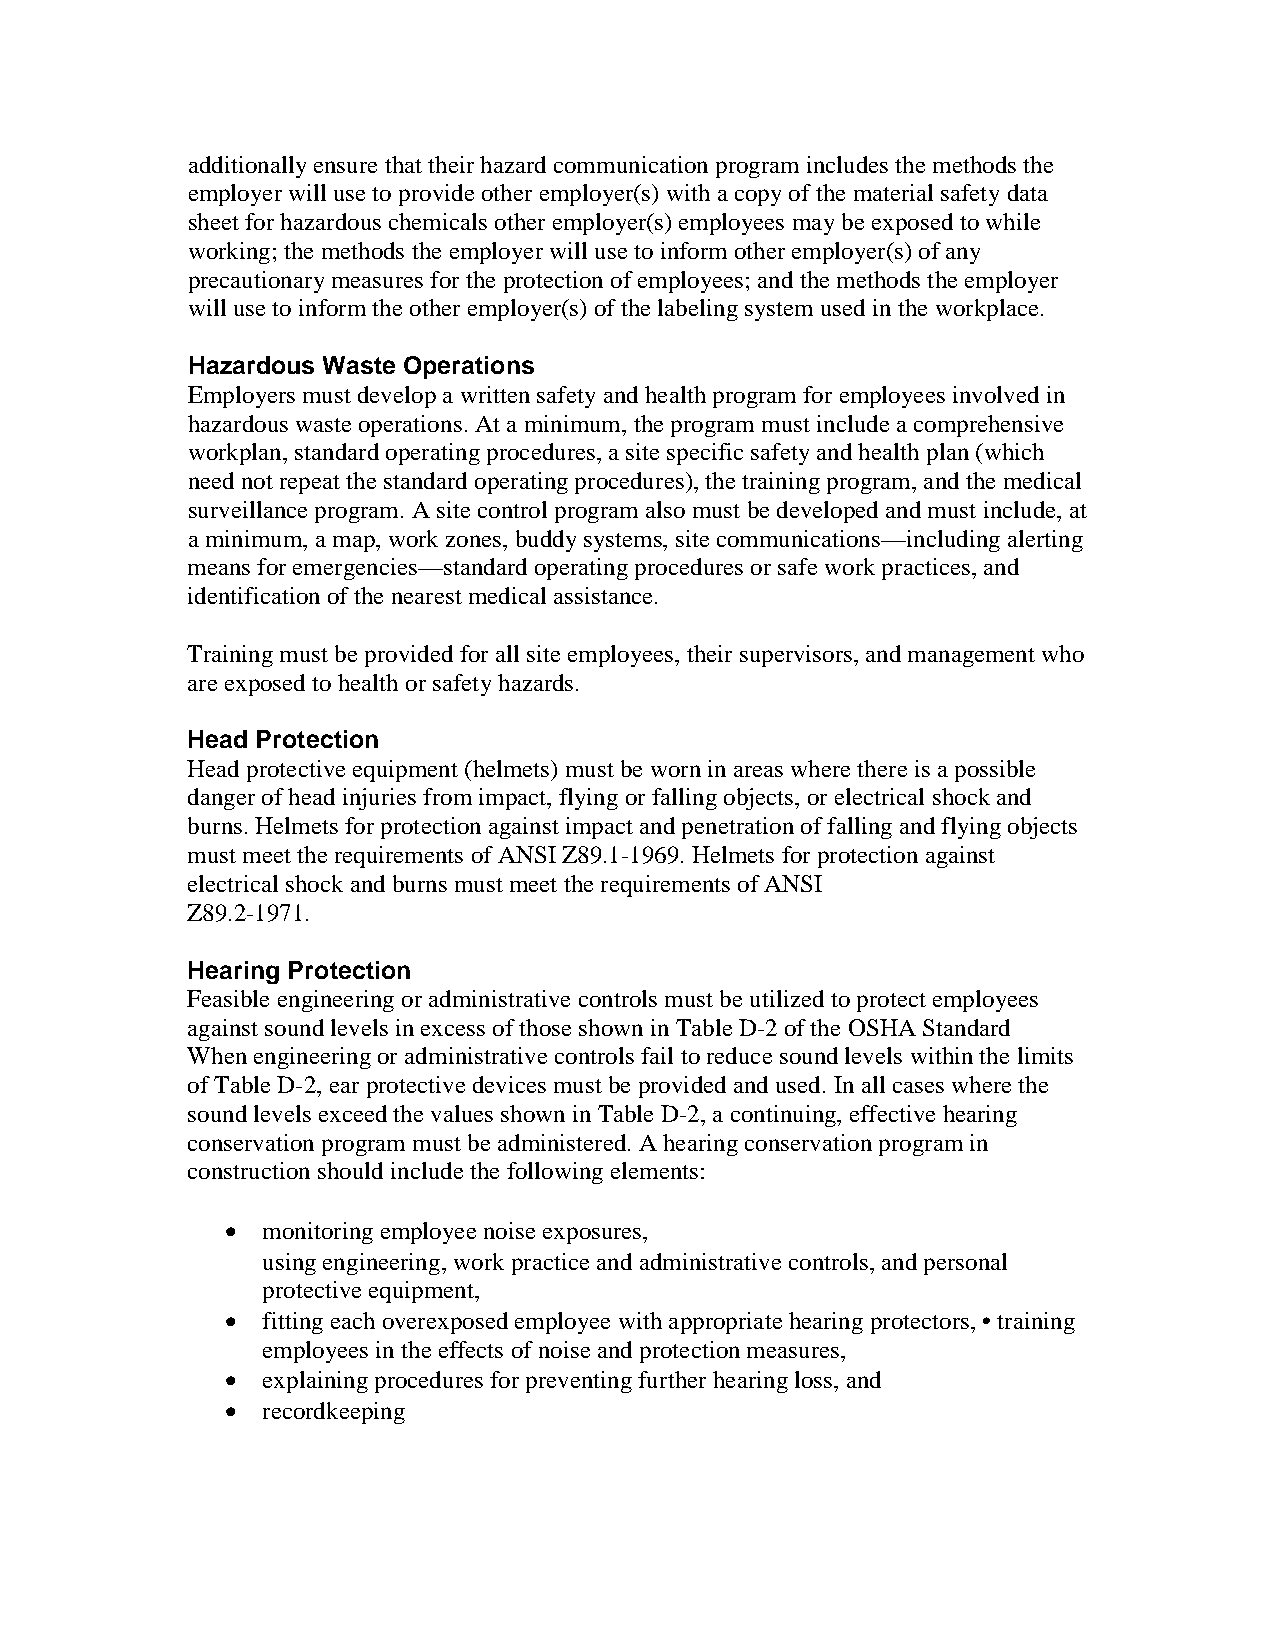
additionally ensure that their hazard communication program includes the methods the
 employer will use to provide other employer(s) with a copy of the material safety data
 sheet for hazardous chemicals other employer(s) employees may be exposed to while
 working; the methods the employer will use to inform other employer(s) of any
 precautionary measures for the protection of employees; and the methods the employer
 will use to inform the other employer(s) of the labeling system used in the workplace.
 Hazardous Waste Operations
 Employers must develop a written safety and health program for employees involved in
 hazardous waste operations. At a minimum, the program must include a comprehensive
 workplan, standard operating procedures, a site specific safety and health plan (which
 need not repeat the standard operating procedures), the training program, and the medical
 surveillance program. A site control program also must be developed and must include, at
 a minimum, a map, work zones, buddy systems, site communications—including alerting
 means for emergencies—standard operating procedures or safe work practices, and
 identification of the nearest medical assistance.
 Training must be provided for all site employees, their supervisors, and management who
 are exposed to health or safety hazards.47
 Head Protection
 Head protective equipment (helmets) must be worn in areas where there is a possible
 danger of head injuries from impact, flying or falling objects, or electrical shock and
 burns. Helmets for protection against impact and penetration of falling and flying objects
 must meet the requirements of ANSI Z89.1-1969. Helmets for protection against
 electrical shock and burns must meet the requirements of ANSI
 Z89.2-1971.
 Hearing Protection
 Feasible engineering or administrative controls must be utilized to protect employees
 against sound levels in excess of those shown in Table D-2 of the OSHA Standard
 When engineering or administrative controls fail to reduce sound levels within the limits
 of Table D-2, ear protective devices must be provided and used. In all cases where the
 sound levels exceed the values shown in Table D-2, a continuing, effective hearing
 conservation program must be administered. A hearing conservation program in
 construction should include the following elements:
 • monitoring employee noise exposures,
 • using engineering, work practice and administrative controls, and personal
 protective equipment,48
 • fitting each overexposed employee with appropriate hearing protectors, • training
 employees in the effects of noise and protection measures,
 • explaining procedures for preventing further hearing loss, and
 • recordkeeping